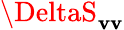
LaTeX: \DeltaS_{\mathbf{v}\mathbf{v}}